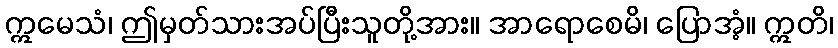
ဣမေသံ၊ ဤမှတ်သားအပ်ပြီးသူတို့အား။ အာရောစေမိ၊ ပြောအံ့။ ဣတိ၊